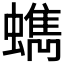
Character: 𧓈